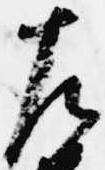
左